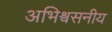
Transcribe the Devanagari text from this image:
अभिश्वसनीय